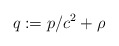
\begin{align*}q:=p/c^{2}+\rho\end{align*}